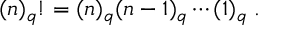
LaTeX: ( n ) _ { q } ! = ( n ) _ { q } ( n - 1 ) _ { q } \cdots ( 1 ) _ { q } \; .